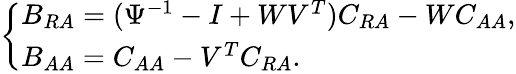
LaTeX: \begin{array}{r}{\left\{ \begin{array}{ll}{B_{RA}=(\Psi^{-1}-I+WV^{T})C_{RA}-WC_{AA},}\\ {B_{AA}=C_{AA}-V^{T}C_{RA}.}\end{array}\right.}\end{array}